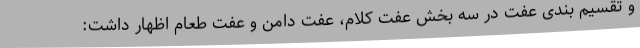
و تقسیم بندی عفت در سه بخش عفت کلام، عفت دامن و عفت طعام اظهار داشت: